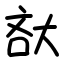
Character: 𡘯